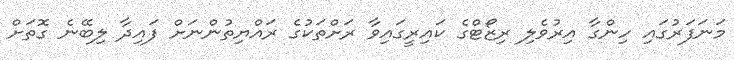
މަނަފަރުގައި ހިންގާ އިރުވެލި ރިޒޯޓްގެ ކައިރީގައިވާ ރަށްތަކުގެ ރައްޔިތުންނަށް ފައިދާ ލިބޭނެ ގޮތަށް